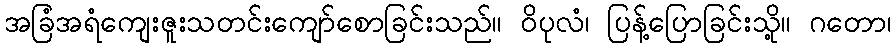
အခြံအရံကျေးဇူးသတင်းကျော်စောခြင်းသည်။ ဝိပုလံ၊ ပြန့်ပြောခြင်းသို့။ ဂတော၊